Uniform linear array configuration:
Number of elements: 16
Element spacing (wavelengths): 0.25
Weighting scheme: binomial
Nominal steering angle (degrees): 0
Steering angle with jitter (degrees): -1.097
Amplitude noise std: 0.05
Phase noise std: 0.05

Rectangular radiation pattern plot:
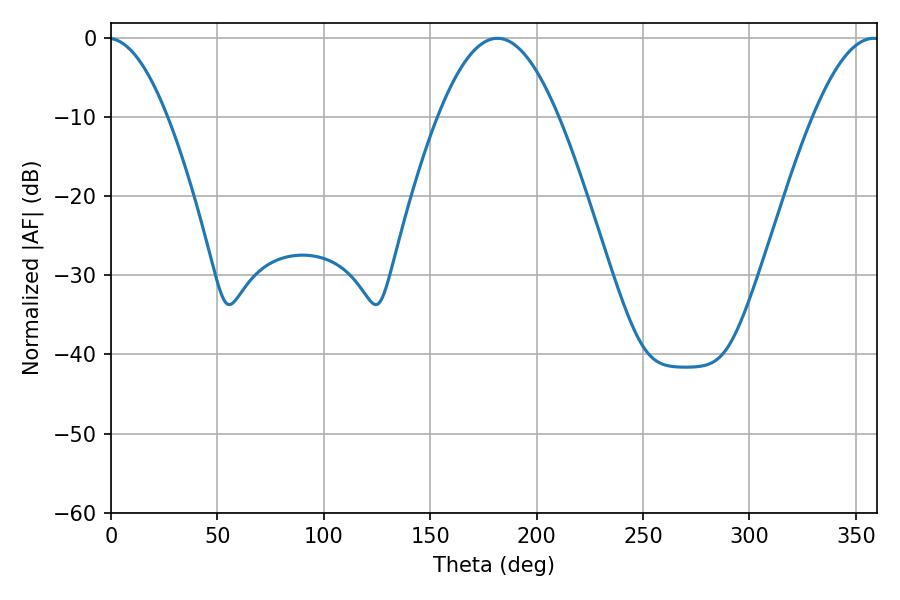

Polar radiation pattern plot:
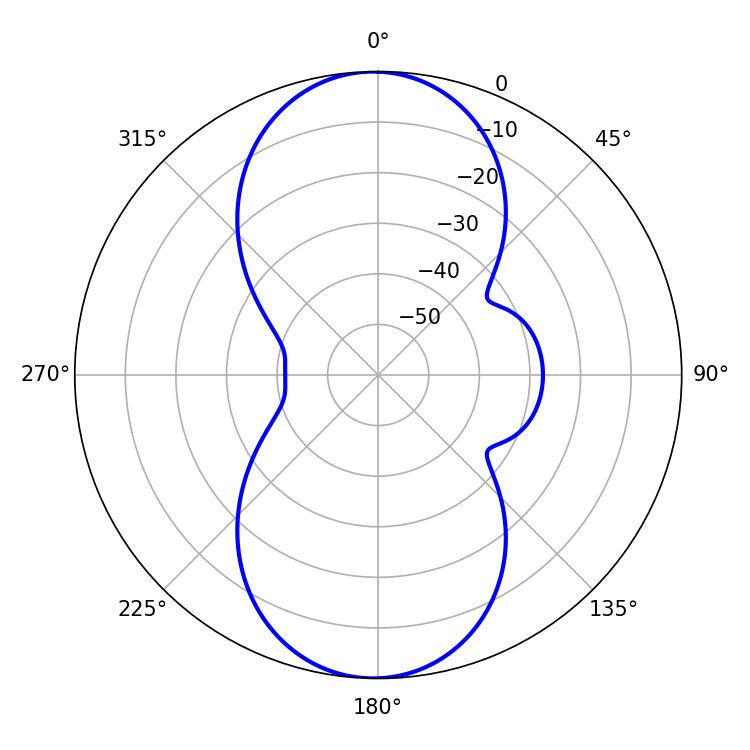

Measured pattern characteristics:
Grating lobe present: FALSE
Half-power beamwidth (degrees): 30.78
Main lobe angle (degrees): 181.62